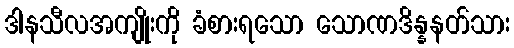
ဒါနသီလအကျိုးကို ခံစားရသော သောဏဒိန္နနတ်သား